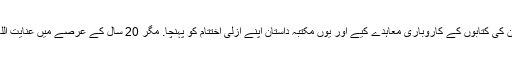
ان کی وفات کے بعد ان کے بیٹے شاہد جمیل نے دوسرے پبلشرز کے ساتھ ان کی کتابوں کے کاروباری معاہدے کیے اور یوں مکتبہ داستان اپنے ازلی اختتام کو پہنچا. مگر 20 سال کے عرصے میں عنایت اللہ کے ساتھ ساتھ حکایت اور مکتبہ داستان نے بھی لازوال شہرت حاصل کی۔